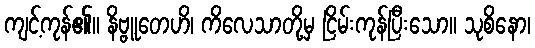
ကျင့်ကုန်၏။ နိဗ္ဗူတေဟိ၊ ကိလေသာတို့မှ ငြိမ်းကုန်ပြီးသော။ သုစိနော၊